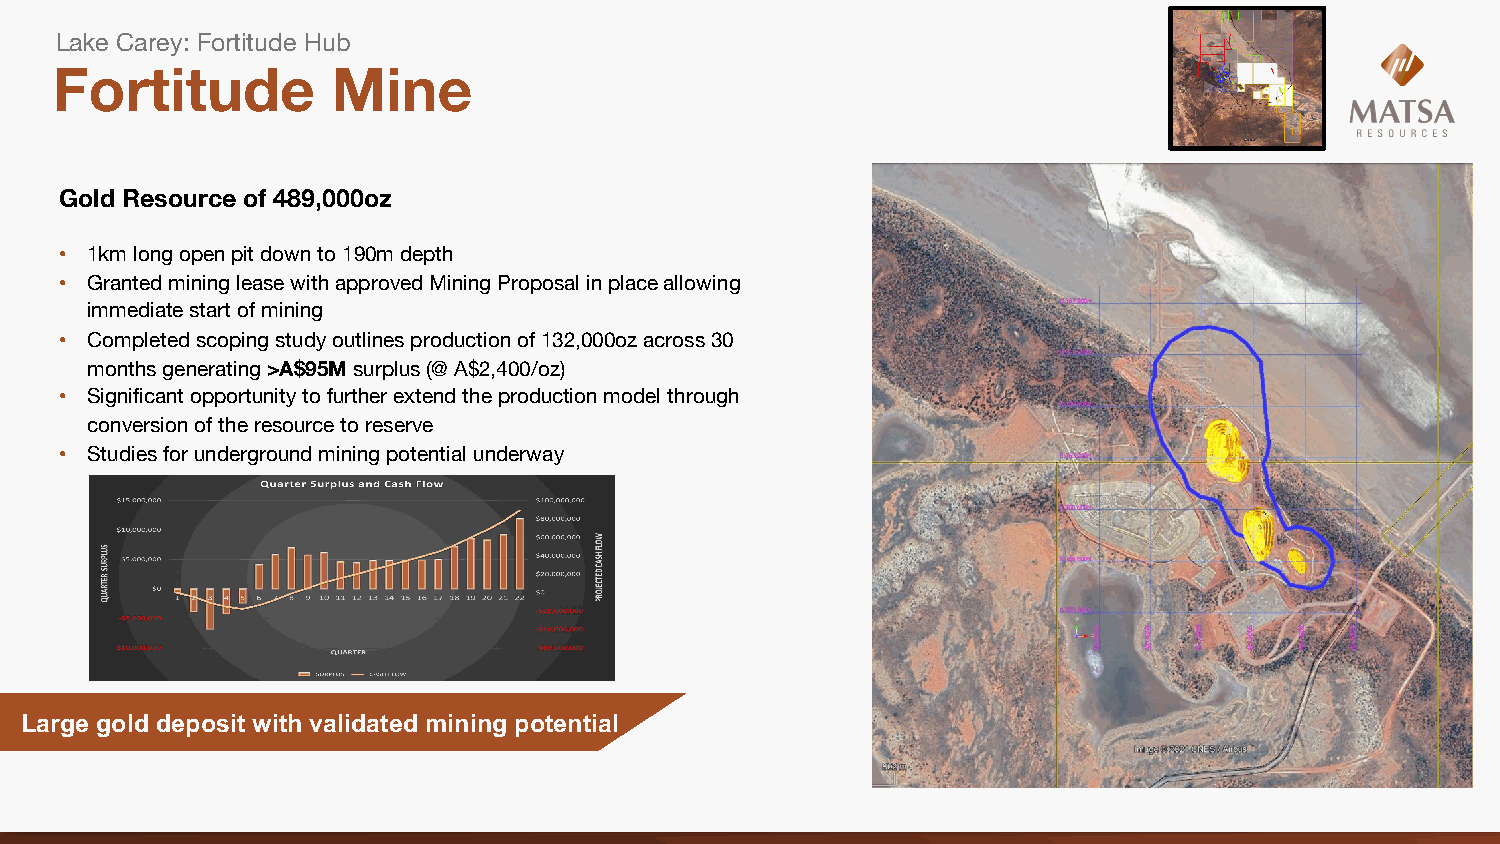
Lake Carey: Fortitude Hub
 Fortitude          Mine
 Gold Resource of 489,000oz
 • 1km long open pit down to 190m depth
 • Granted mining lease with approved Mining Proposal in place allowing
 immediate start of mining
 • Completed scoping study outlines production of 132,000oz across 30
 months generating >A$95Msurplus (@ A$2,400/oz)
 • Significant opportunity to further extend the production model through
 conversion of the resource to reserve
 • Studies for underground mining potential underway
 Large gold deposit with validated mining potential